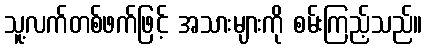
သူ့လက်တစ်ဖက်ဖြင့် အသားများကို စမ်းကြည့်သည်။